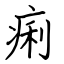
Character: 痢